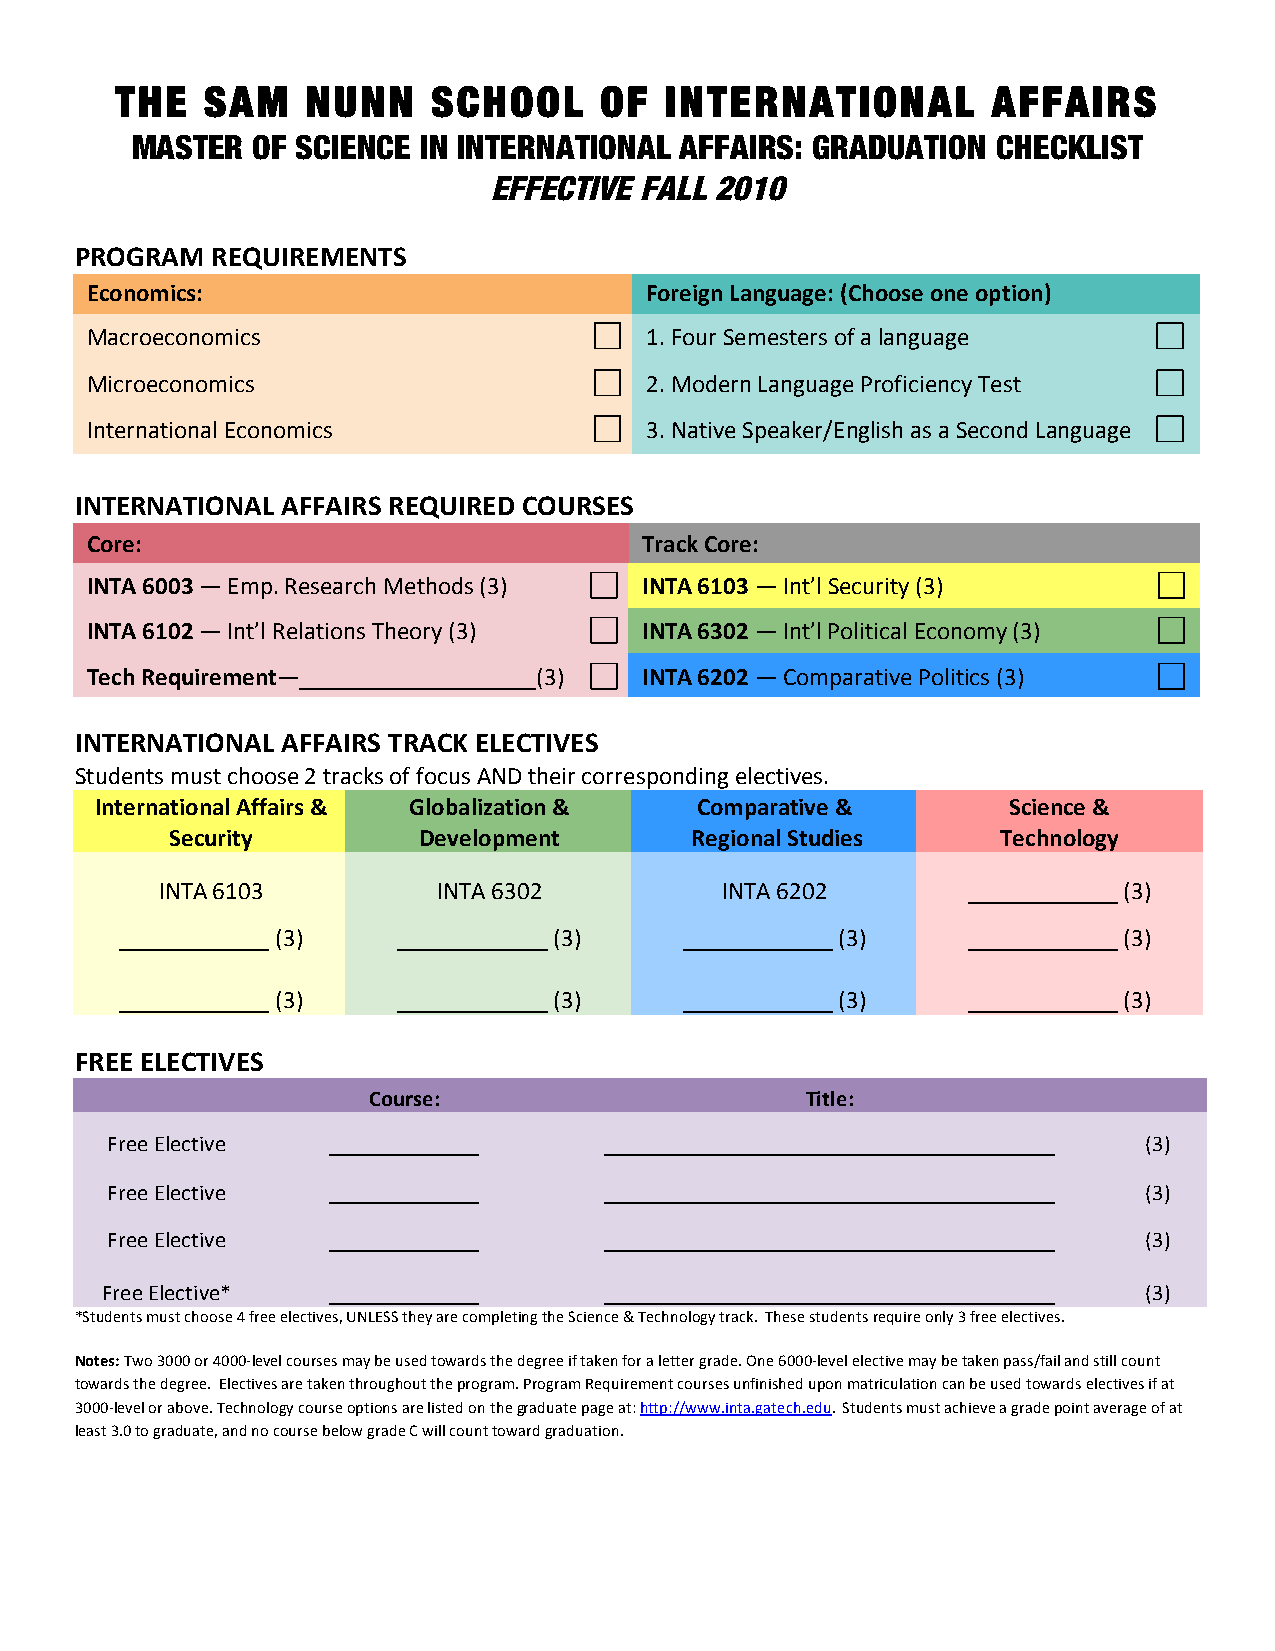
THE   SAM   NUNN     SCHOOL     OF  INTERNATIONAL         AFFAIRS
 MASTER  OF SCIENCE IN INTERNATIONAL AFFAIRS: GRADUATION  CHECKLIST
 EFFECTIVE FALL 2010
 PROGRAM  REQUIREMENTS
 Economics:                           Foreign Language: (Choose one option)
 Macroeconomics                       1. Four Semesters of a language
 Microeconomics                       2. Modern Language Proficiency Test
 International Economics              3. Native Speaker/English as a Second Language
 INTERNATIONAL AFFAIRS REQUIRED COURSES
 Core:                                Track Core:
 INTA 6003 — Emp. Research Methods (3) INTA 6103 — Int’l Security (3)
 INTA 6102 — Int’l Relations Theory (3) INTA 6302 — Int’l Political Economy (3)
 Tech Requirement—             (3)    INTA 6202 — Comparative Politics (3)
 INTERNATIONAL AFFAIRS TRACK ELECTIVES
 Students must choose 2 tracks of focus AND their corresponding electives.
 International Affairs & Globalization & Comparative &        Science &
 Security         Development       Regional Studies    Technology
 INTA 6103         INTA 6302          INTA 6202                 (3)
 (3)                (3)                (3)               (3)
 (3)                (3)                (3)               (3)
 FREE ELECTIVES
 Course:                      Title:
 Free Elective                                                        (3)
 Free Elective                                                        (3)
 Free Elective                                                        (3)
 Free Elective*                                                       (3)
 *Students must choose 4 free electives, UNLESS they are completing the Science & Technology track. These students require only 3 free electives.
 Notes: Two 3000 or 4000-­‐level courses may be used towards the degree if taken for a letter grade. One 6000-­‐level elective may be taken pass/fail and still count
 towards the degree. Electives are taken throughout the program. Program Requirement courses unfinished upon matriculation can be used towards electives if at
 3000-­‐level or above. Technology course options are listed on the graduate page at: http://www.inta.gatech.edu. Students must achieve a grade point average of at
 least 3.0 to graduate, and no course below grade C will count toward graduation.